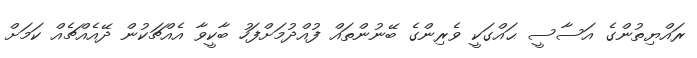
ރައްޔިތުންގެ އަސާސީ ޙައްގަކީ ވެރިންގެ ބޭނުންތައް ފުއްދުމަށްފަހު ބާކީވާ އެއްޗަކުން ދޭއެއްޗެއް ކަމަށް